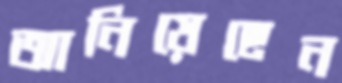
আনিয়েছেন